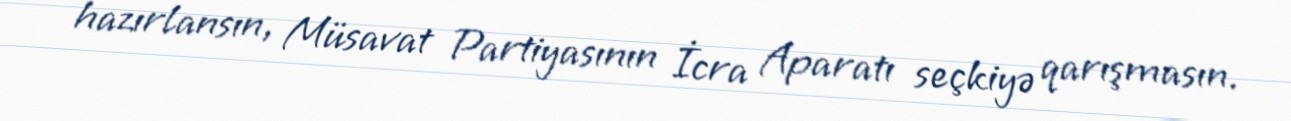
hazırlansın, Müsavat Partiyasının İcra Aparatı seçkiyə qarışmasın.